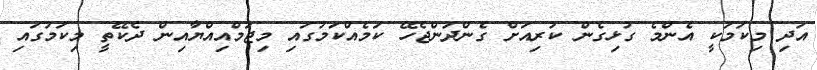
އަދި މިކަމަކީ އެންމެ ގުޅިގެން ކުރިއަށް ގެންދަންޖެހޭ ކަމެއްކަމުގައި މިޖަމްއިއްޔާއިން ދެކޭތީ މިކަމުުގައި